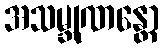
အသမ္ဘုဏန္တော